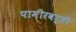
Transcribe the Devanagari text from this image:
पामीरवर्ती